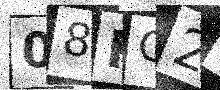
Text: 08KG2V